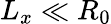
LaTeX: L_{x}\ll R_{0}